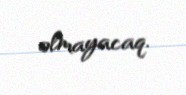
olmayacaq.